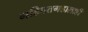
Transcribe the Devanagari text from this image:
महिपतगडालाही